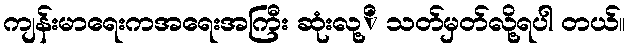
ကျန်းမာရေးကအရေးအကြီး ဆုံးလု့ိ သတ်မှတ်လို့ရပါ တယ်။